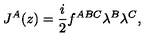
J ^ { A } ( z ) = \frac { i } { 2 } f ^ { A B C } \lambda ^ { B } \lambda ^ { C } ,